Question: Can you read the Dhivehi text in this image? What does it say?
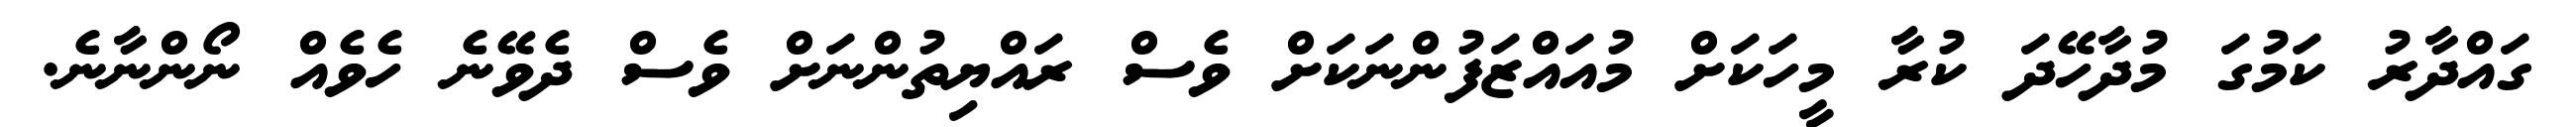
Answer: ގައްދާރު ކަމުގަ މުދާހޭދަ ކުރާ މީހަކަށް މުއައްޒަފުންނަކަށް ވެސް ރައްޔިތުންނަށް ވެސް ދެވޭނެ ހެވެއް ނޯންނާނެ.